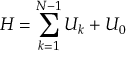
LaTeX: H = \sum _ { k = 1 } ^ { N - 1 } U _ { k } + { \cal U } _ { 0 }